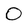
Character: 0